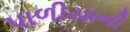
પાળીયાની